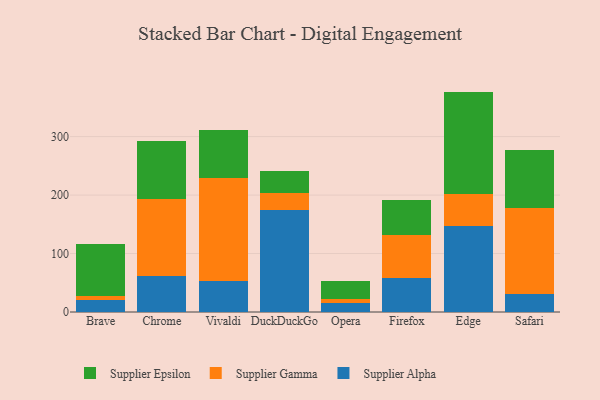
{"axis": {"x": "Browser", "y": "Page Views"}, "legend": ["Supplier Alpha", "Supplier Epsilon", "Supplier Gamma"], "data": [{"x": "Brave", "y": 20.3, "type": "Supplier Alpha"}, {"x": "Brave", "y": 7.3, "type": "Supplier Gamma"}, {"x": "Brave", "y": 88.6, "type": "Supplier Epsilon"}, {"x": "Chrome", "y": 62.3, "type": "Supplier Alpha"}, {"x": "Chrome", "y": 131.0, "type": "Supplier Gamma"}, {"x": "Chrome", "y": 98.6, "type": "Supplier Epsilon"}, {"x": "Vivaldi", "y": 53.4, "type": "Supplier Alpha"}, {"x": "Vivaldi", "y": 176.3, "type": "Supplier Gamma"}, {"x": "Vivaldi", "y": 82.3, "type": "Supplier Epsilon"}, {"x": "DuckDuckGo", "y": 175.3, "type": "Supplier Alpha"}, {"x": "DuckDuckGo", "y": 29.0, "type": "Supplier Gamma"}, {"x": "DuckDuckGo", "y": 37.7, "type": "Supplier Epsilon"}, {"x": "Opera", "y": 15.7, "type": "Supplier Alpha"}, {"x": "Opera", "y": 6.5, "type": "Supplier Gamma"}, {"x": "Opera", "y": 30.4, "type": "Supplier Epsilon"}, {"x": "Firefox", "y": 59.0, "type": "Supplier Alpha"}, {"x": "Firefox", "y": 72.5, "type": "Supplier Gamma"}, {"x": "Firefox", "y": 59.9, "type": "Supplier Epsilon"}, {"x": "Edge", "y": 146.6, "type": "Supplier Alpha"}, {"x": "Edge", "y": 55.1, "type": "Supplier Gamma"}, {"x": "Edge", "y": 175.3, "type": "Supplier Epsilon"}, {"x": "Safari", "y": 31.1, "type": "Supplier Alpha"}, {"x": "Safari", "y": 146.6, "type": "Supplier Gamma"}, {"x": "Safari", "y": 98.6, "type": "Supplier Epsilon"}]}